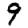
Digit: 9